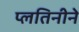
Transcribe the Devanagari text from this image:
प्लतिनीने